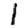
Digit: 1